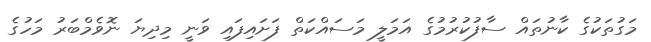
މަގުތަކުގެ ކާނުތައް ސާފުކުރުމުގެ އަމަލީ މަސައްކަތް ފަށައިފައި ވަނީ މިދިޔަ ނޮވެމްބަރު މަހުގެ